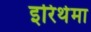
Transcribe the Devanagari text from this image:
इरिथेमा